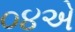
૦૪એ